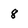
Character: 8